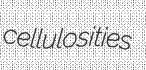
cellulosities